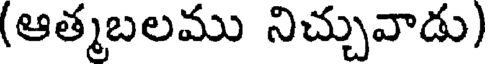
(ఆత్మబలము నిచ్చువాడు)